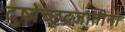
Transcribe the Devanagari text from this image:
दुष्येच्छूद्रजातीनां